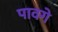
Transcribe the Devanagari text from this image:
पावगे